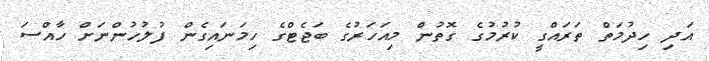
އަދި ހިދުމަތް ތަރައްގީ ކުރުމުގެ ގޮތުން މިއަހަރުގެ ބަޖެޓްގެ ހިމަނައިގެން ފުލުހުންނަށް ހާއްސަ